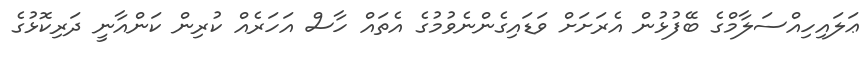
ޢަލައިހިއްސަލާމްގެ ބޭފުޅުން އެރަށަށް ވަޑައިގެންނެވުމުގެ އެތައް ހާސް އަހަރެއް ކުރިން ކަންއާނީ ދަރިކޮޅުގެ